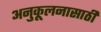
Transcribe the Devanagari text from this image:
अनुकूलनासाठी